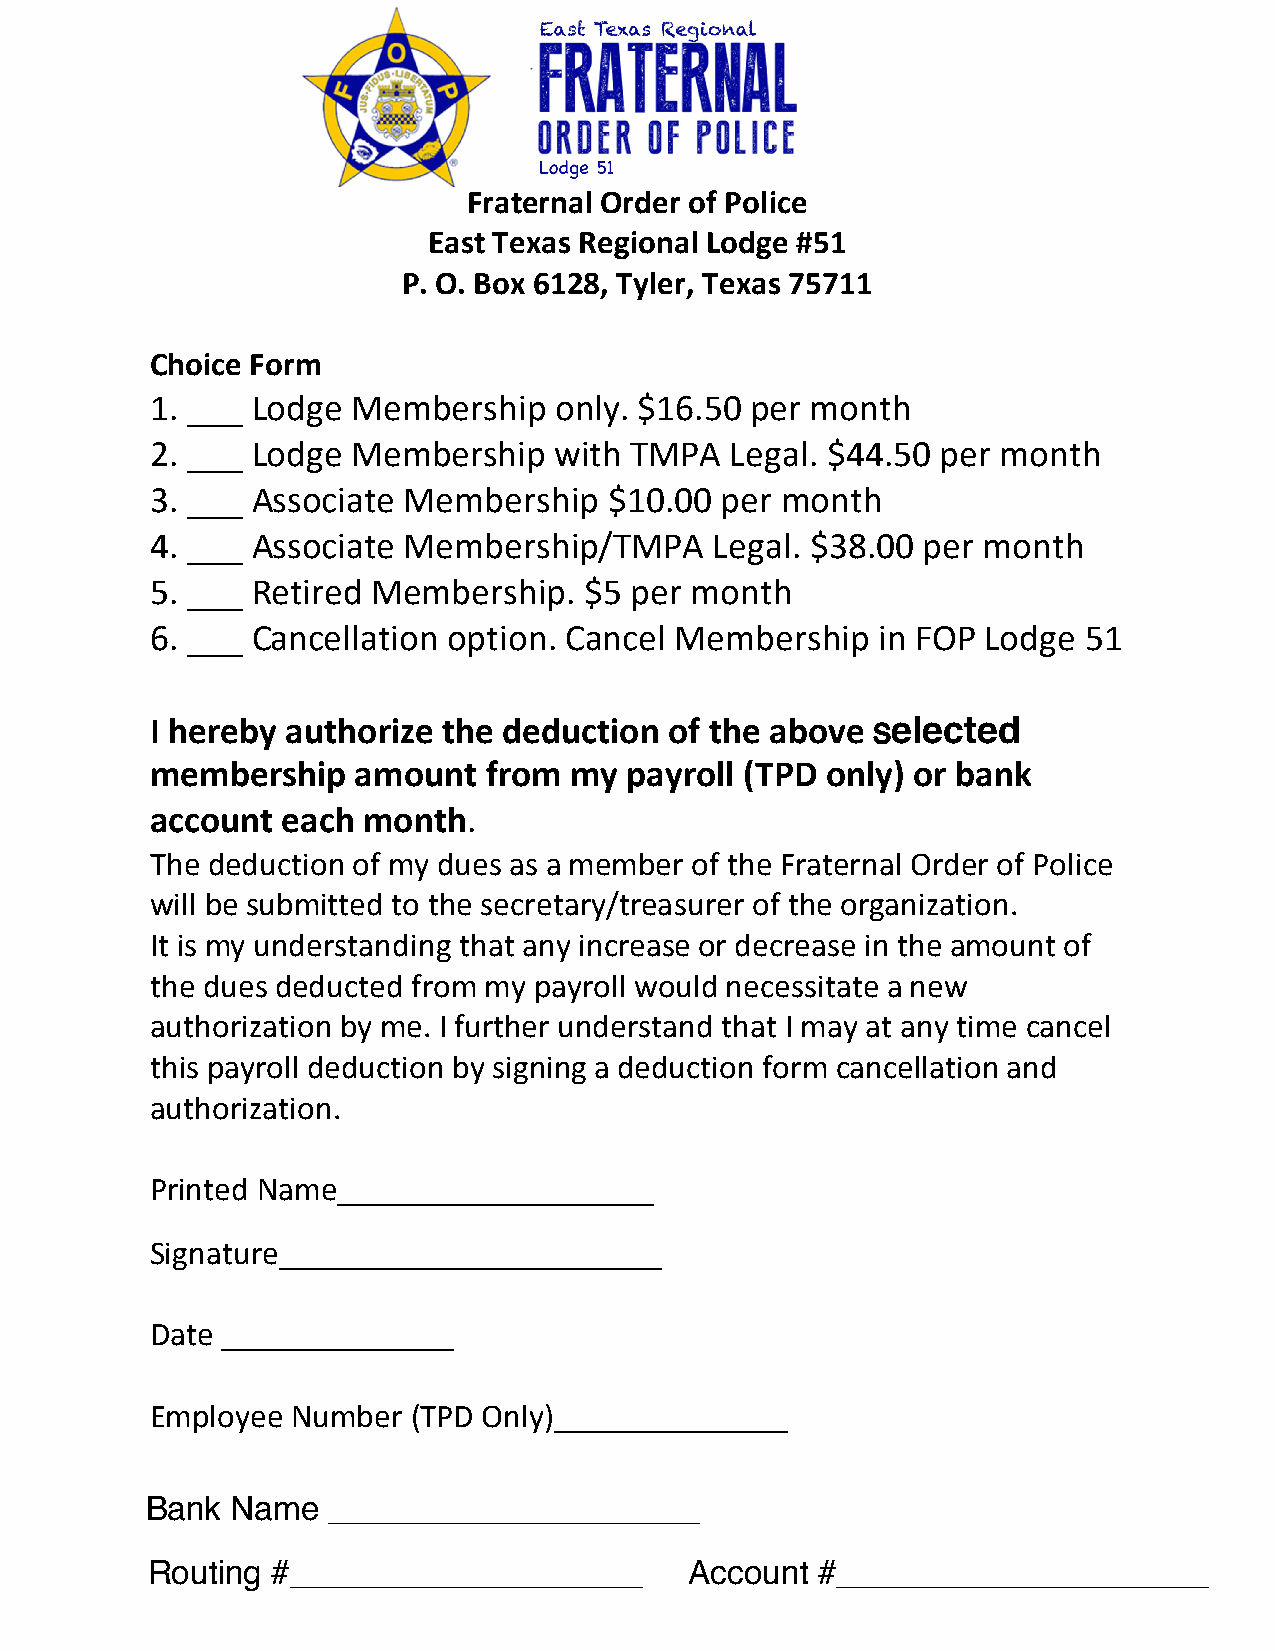
Fraternal Order of Police
 East Texas Regional Lodge #51
 P. O. Box 6128, Tyler, Texas 75711
 Choice Form
 1. ___ Lodge Membership    only. $16.50 per month
 2. ___ Lodge Membership    with TMPA  Legal. $44.50 per month
 3. ___ Associate Membership   $10.00  per month
 4. ___ Associate Membership/TMPA     Legal. $38.00 per month
 5. ___ Retired Membership.   $5 per month
 6. ___ Cancellation option. Cancel Membership   in FOP Lodge  51
 I hereby authorize the deduction  of the above
 selected
 membership   amount   from  my  payroll (TPD only) or bank
 account  each month.
 The deduction of my dues as a member of the Fraternal Order of Police
 will be submitted to the secretary/treasurer of the organization.
 It is my understanding that any increase or decrease in the amount of
 the dues deducted from my payroll would necessitate a new
 authorization by me. I further understand that I may at any time cancel
 this payroll deduction by signing a deduction form cancellation and
 authorization.
 Printed Name___________________
 Signature_______________________
 Date ______________
 Employee Number  (TPD Only)______________
 Bank Name   ____________________
 Routing #___________________        Account #____________________